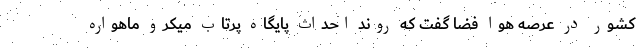
کشور در عرصه هوا فضا گفت که روند احداث پایگاه پرتاب میکرو ماهواره‌